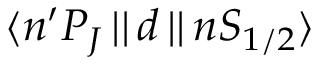
\langle n ^ { \prime } P _ { J } \, | | \, d \, | | \, n S _ { 1 / 2 } \rangle